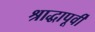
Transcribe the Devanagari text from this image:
श्राद्धापूर्वी